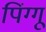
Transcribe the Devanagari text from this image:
पिंग्गू